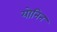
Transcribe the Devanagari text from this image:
योनिन